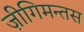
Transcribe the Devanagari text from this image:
ज़ीगिमन्तस